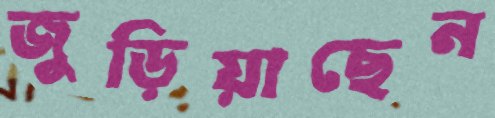
জুড়িয়াছেন